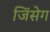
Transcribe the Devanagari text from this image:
जिंसेग